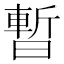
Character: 暫